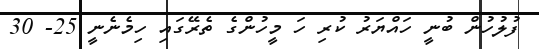
ފުލުހުން ބުނީ ހައްޔަރު ކުރި ހަ މީހުންގެ ތެރޭގައި ހިމެނެނީ 25- 30